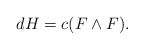
\begin{align*} d H = c (F \wedge F).\end{align*}